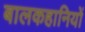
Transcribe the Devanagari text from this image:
बालकहानियों